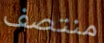
منتصف